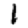
Digit: 1